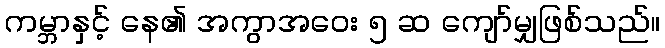
ကမ္ဘာနှင့် နေ၏ အကွာအဝေး ၅ ဆ ကျော်မျှဖြစ်သည်။